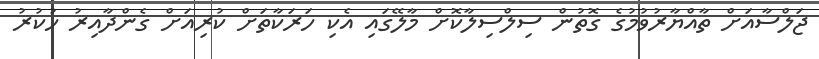
ޖަލްސާއަށް ތާއްޔާރުވުމުގެ ގޮތުން ސިލްސިލާކޮށް މާލޭގައި އެކި ހަރަކާތަށް ކުރިއަށް ގެންދާއިރު ހުކުރު